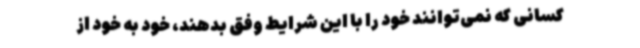
کسانی که نمی‌توانند خود را با این شرایط وفق بدهند، خود به خود از